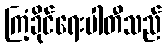
ကြံ့ခိုင်ရေးပါတီသည်